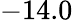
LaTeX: -14.0